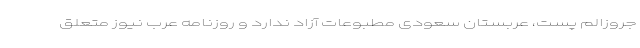
جروزالم پست، عربستان سعودی مطبوعات آزاد ندارد و روزنامه عرب نیوز متعلق